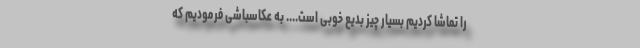
را تماشا کردیم بسیار چیز بدیع خوبی است.... به عکاسباشی فرمودیم که